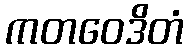
ကတဝေဒိတံ